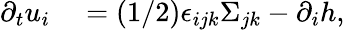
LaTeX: \begin{array}{rl}{\partial_{t}u_{i}}&{{}=(1/2)\epsilon_{ijk}\Sigma_{jk}-\partial_{i}h,}\end{array}